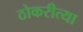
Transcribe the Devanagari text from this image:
ठोकरीत्या